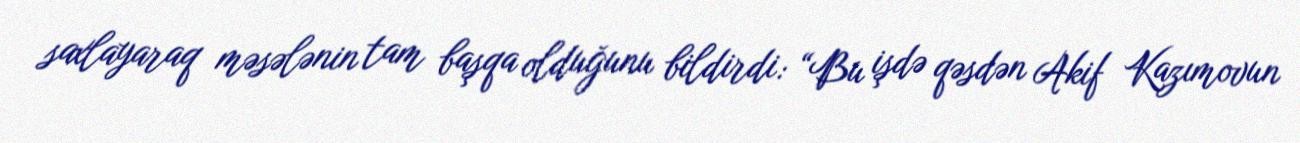
saxlayaraq məsələnin tam başqa olduğunu bildirdi: “Bu işdə qəsdən Akif Kazımovun